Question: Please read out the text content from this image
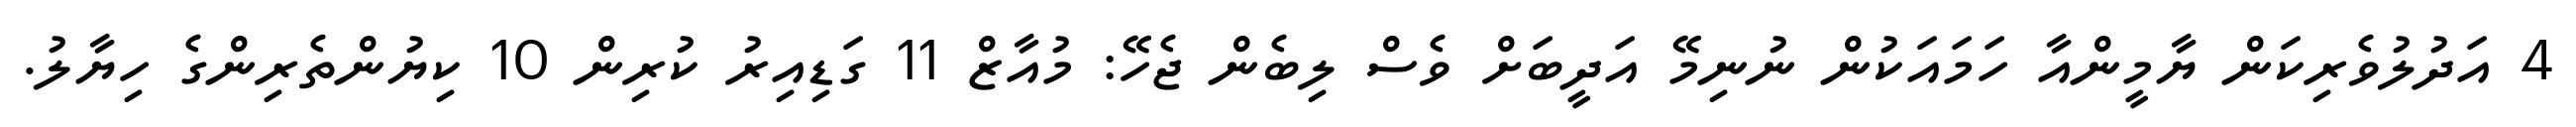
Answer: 4 އަދުލުވެރިކަން ޔާމީންއާ ހަމައަކުން ނުނިމޭ އަދީބަށް ވެސް ލިބެން ޖެހޭ: މުއާޒް 11 ގަޑިއިރު ކުރިން 10 ކިޔުންތެރިންގެ ހިޔާލު.